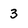
Character: 3